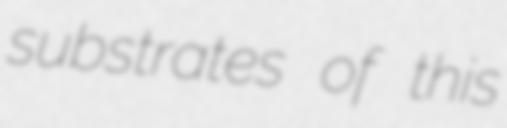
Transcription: substrates of this